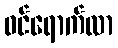
ဝင်ရောက်လာ